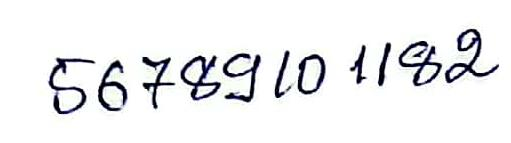
5678910 1182